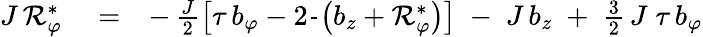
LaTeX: \begin{array}{rlr}{J\, {\cal R}_{\varphi}^{*}}&{{}=}&{-\, \frac{J}{2}\left[\tau\, b_{\varphi}-2\frac{}{}\left(b_{z}+{\cal R}_{\varphi}^{*}\right)\right]\; -\; J\, b_{z}\; +\; \frac{3}{2}\, J\; \tau\, b_{\varphi}}\end{array}